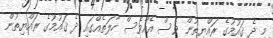
މި ދެ ޤައުމުގެ ރައްޔިތުން ވެސް އެއްވެސް ހާލަތެއްގައި ދެ ޤައުމުގެ ރައްޔިތުން